Civil Veterinary Department. Madras. Admin. report 1926-33 - 1926-1933
Year: 1926
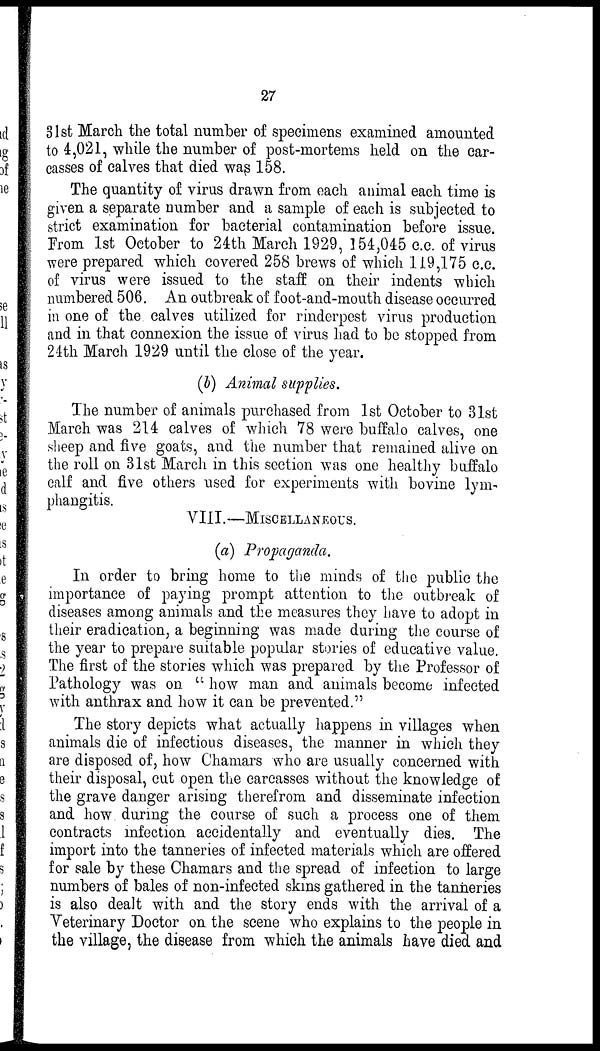
27
31st March the total number of specimens examined amounted
to 4,021, while the number of post-mortems held on the car-
casses of calves that died was 158.
The quantity of virus drawn from each animal each time is
given a separate number and a sample of each is subjected to
strict examination for bacterial contamination before issue.
From 1st October to 24th March 1929, 154,045 c.c. of virus
were prepared which covered 258 brews of which 119,175 c.c.
of virus were issued to the staff on their indents which
numbered 506. An outbreak of foot-and-mouth disease occurred
in one of the calves utilized for rinderpest virus production
and in that connexion the issue of virus had to be stopped from
24th March 1929 until the close of the year.
(b) Animal supplies.
The number of animals purchased from 1st October to 31st
March was 214 calves of which 78 were buffalo calves, one
sheep and five goats, and the number that remained alive on
the roll on 31st March in this section was one healthy buffalo
calf and five others used for experiments with bovine lym-
phangitis.
VIII.—MISCELLANEOUS.
(a) Propaganda.
In order to bring home to the minds of the public the
importance of paying prompt attention to the outbreak of
diseases among animals and the measures they have to adopt in
their eradication, a beginning was made during the course of
the year to prepare suitable popular stories of educative value.
The first of the stories which was prepared by the Professor of
Pathology was on "how man and animals become infected
with anthrax and how it can be prevented."
The story depicts what actually happens in villages when
animals die of infectious diseases, the manner in which they
are disposed of, how Chamars who are usually concerned with
their disposal, cut open the carcasses without the knowledge of
the grave danger arising therefrom and disseminate infection
and how. during the course of such a process one of them
contracts infection accidentally and eventually dies. The
import into the tanneries of infected materials which are offered
for sale by these Chamars and the spread of infection to large
numbers of bales of non-infected skins gathered in the tanneries
is also dealt with and the story ends with the arrival of a
Veterinary Doctor on the scene who explains to the people in
the village, the disease from which the animals have died and